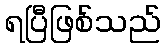
ရပြီဖြစ်သည်